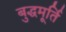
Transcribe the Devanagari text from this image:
बुद्धमूर्ति